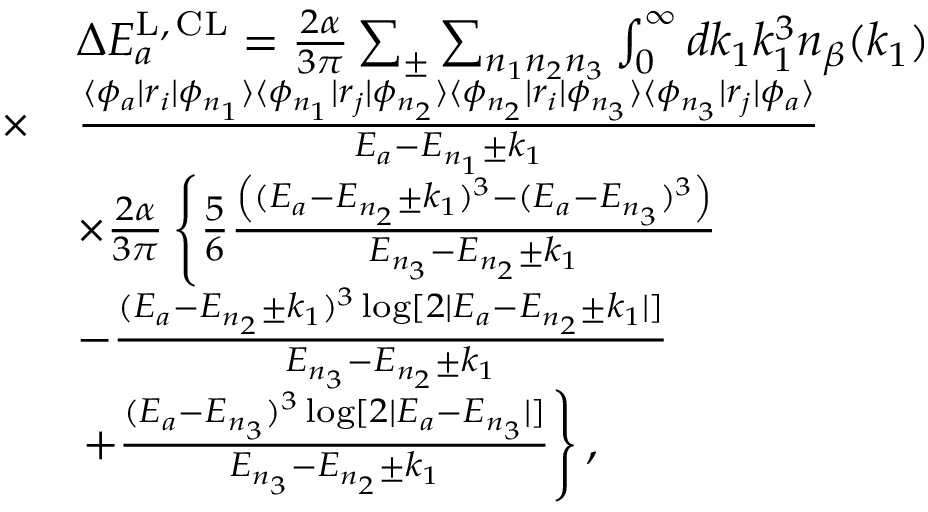
\begin{array} { r l } & { \Delta E _ { a } ^ { \mathrm { L , \, C L } } = \frac { 2 \alpha } { 3 \pi } \sum _ { \pm } \sum _ { n _ { 1 } n _ { 2 } n _ { 3 } } \int _ { 0 } ^ { \infty } d k _ { 1 } k _ { 1 } ^ { 3 } n _ { \beta } ( k _ { 1 } ) } \\ { \times } & { \frac { \langle \phi _ { a } | r _ { i } | \phi _ { n _ { 1 } } \rangle \langle \phi _ { n _ { 1 } } | r _ { j } | \phi _ { n _ { 2 } } \rangle \langle \phi _ { n _ { 2 } } | r _ { i } | \phi _ { n _ { 3 } } \rangle \langle \phi _ { n _ { 3 } } | r _ { j } | \phi _ { a } \rangle } { E _ { a } - E _ { n _ { 1 } } \pm k _ { 1 } } } \\ & { \times \frac { 2 \alpha } { 3 \pi } \left\lbrace \frac { 5 } { 6 } \frac { \left( ( E _ { a } - E _ { n _ { 2 } } \pm k _ { 1 } ) ^ { 3 } - ( E _ { a } - E _ { n _ { 3 } } ) ^ { 3 } \right) } { E _ { n _ { 3 } } - E _ { n _ { 2 } } \pm k _ { 1 } } \right. } \\ & { - \frac { ( E _ { a } - E _ { n _ { 2 } } \pm k _ { 1 } ) ^ { 3 } \log [ 2 | E _ { a } - E _ { n _ { 2 } } \pm k _ { 1 } | ] } { E _ { n _ { 3 } } - E _ { n _ { 2 } } \pm k _ { 1 } } } \\ & { \left. + \frac { ( E _ { a } - E _ { n _ { 3 } } ) ^ { 3 } \log [ 2 | E _ { a } - E _ { n _ { 3 } } | ] } { E _ { n _ { 3 } } - E _ { n _ { 2 } } \pm k _ { 1 } } \right\rbrace , } \end{array}